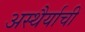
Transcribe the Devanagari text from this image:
अस्थैर्याची